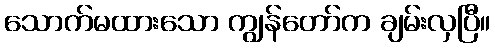
သောက်မထားသော ကျွန်တော်က ချမ်းလှပြီ။